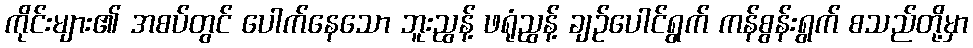
ကိုင်းများ၏ အစပ်တွင် ပေါက်နေသော ဘူးညွန့် ဖရုံညွန့် ချဉ်ပေါင်ရွက် ကန်စွန်းရွက် စသည်တို့မှာ